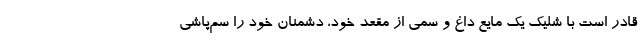
قادر است با شلیک یک مایع داغ و سمی از مقعد خود، دشمنان خود را سم‌پاشی